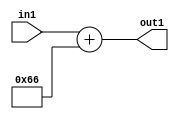
`timescale 1ps / 1ps
/*****************************************************************************
    Verilog RTL Description
    
    
    Created by: Stratus DpOpt 2019.1.01 
*******************************************************************************/

module DC_Filter_Add_12U_216_1 (
	in1,
	out1
	); /* architecture "behavioural" */ 
input [11:0] in1;
output [11:0] out1;
wire [11:0] asc001;

assign asc001 = 
	+(in1)
	+(12'B000001100110);

assign out1 = asc001;
endmodule

/* CADENCE  urn0QgA= : u9/ySgnWtBlWxVPRXgAZ4Og= ** DO NOT EDIT THIS LINE ******/